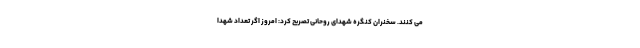
می کنند. سخنران کنگره شهدای روحانی تصریح کرد: امروز اگر تعداد شهدا